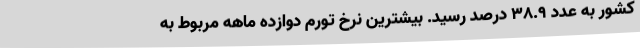
کشور به عدد ٣٨.٩ درصد رسید. بیشترین نرخ تورم دوازده ماهه مربوط به